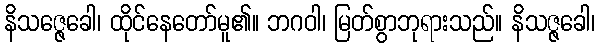
နိသဇ္ဇေခေါ၊ ထိုင်နေတော်မူ၏။ ဘဂဝါ၊ မြတ်စွာဘုရားသည်။ နိသဇ္ဇခေါ၊